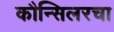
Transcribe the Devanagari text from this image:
कौन्सिलरचा